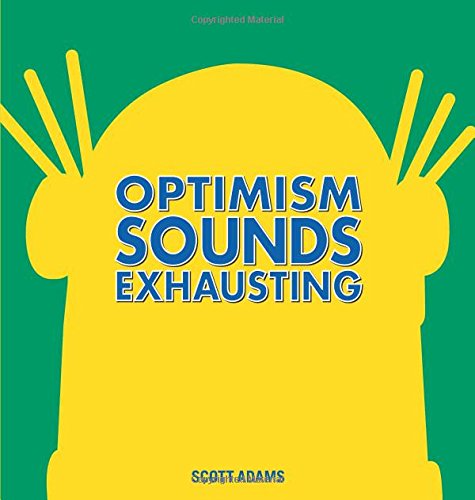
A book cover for Optimism Sounds Exhausting; Scott Adams; Comics & Graphic Novels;